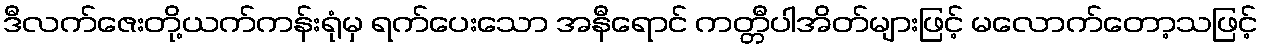
ဒီလက်ဇေးတို့ယက်ကန်းရုံမှ ရက်ပေးသော အနီရောင် ကတ္တီပါအိတ်များဖြင့် မလောက်တော့သဖြင့်